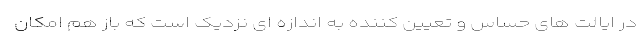
در ایالت های حساس و تعیین کننده به اندازه ای نزدیک است که باز هم امکان